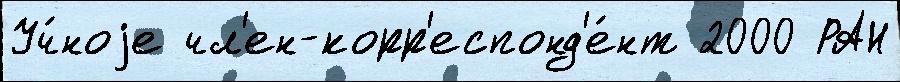
Уч́ноjе чл'ен-корр'еспонд'е́нт 2000 РАН